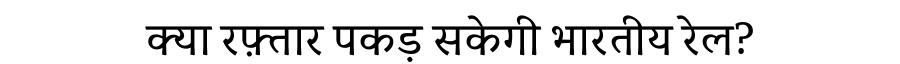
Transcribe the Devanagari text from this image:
क्या रफ़्तार पकड़ सकेगी भारतीय रेल?